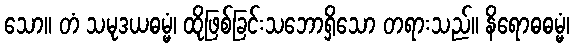
သော။ တံ သမုဒယဓမ္မံ၊ ထိုဖြစ်ခြင်းသဘောရှိသော တရားသည်။ နိရောဓဓမ္မံ၊